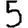
Digit: 5